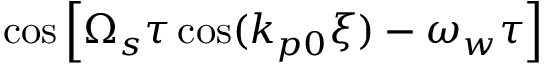
\cos \left[ \Omega _ { s } \tau \cos ( k _ { p 0 } \xi ) - \omega _ { w } \tau \right]